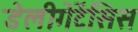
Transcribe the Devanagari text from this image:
डेलीगेटेंसिस